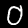
Label: 0